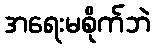
အရေးမစိုက်ဘဲ